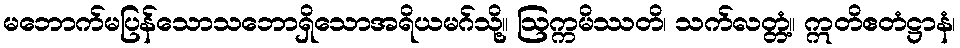
မဘောက်မပြန်သောသဘောရှိသောအရိယမဂ်သို့။ ဩက္ကမိဿတိ၊ သက်လတ္တံ့။ ဣတိဧတံဋ္ဌာနံ၊